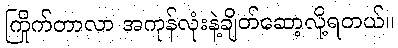
ကြိုက်တာလာ အကုန်လုံးနဲ့ချိတ်ဆော့လို့ရတယ်။